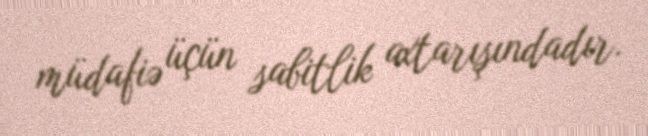
müdafiə üçün sabitlik axtarışındadır.